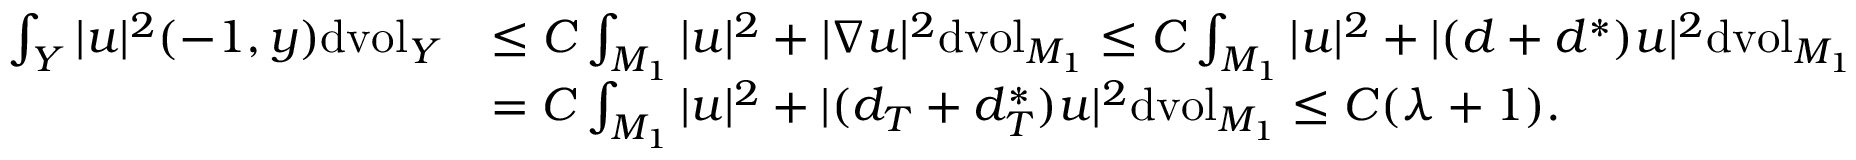
\begin{array} { r l } { \int _ { Y } | u | ^ { 2 } ( - 1 , y ) \mathrm { d v o l } _ { Y } } & { \leq C \int _ { M _ { 1 } } | u | ^ { 2 } + | \nabla u | ^ { 2 } \mathrm { d v o l } _ { M _ { 1 } } \leq C \int _ { M _ { 1 } } | u | ^ { 2 } + | ( d + d ^ { * } ) u | ^ { 2 } \mathrm { d v o l } _ { M _ { 1 } } } \\ & { = C \int _ { M _ { 1 } } | u | ^ { 2 } + | ( d _ { T } + d _ { T } ^ { * } ) u | ^ { 2 } \mathrm { d v o l } _ { M _ { 1 } } \leq C ( \lambda + 1 ) . } \end{array}